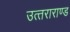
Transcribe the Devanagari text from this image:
उत्‍तराराण्‍ड